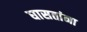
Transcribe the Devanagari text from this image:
घासतांना